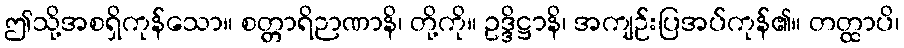
ဤသို့အစရှိကုန်သော။ စတ္တာရိဉာဏာနိ၊ တို့ကို။ ဥဒ္ဒိဋ္ဌာနိ၊ အကျဉ်းပြအပ်ကုန်၏။ တတ္ထာပိ၊